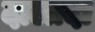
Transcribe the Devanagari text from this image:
दालादा